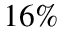
1 6 \%